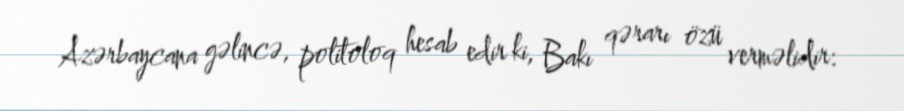
Azərbaycana gəlincə, politoloq hesab edir ki, Bakı qərarı özü verməlidir: